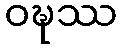
ဝဍ္ဎဿ